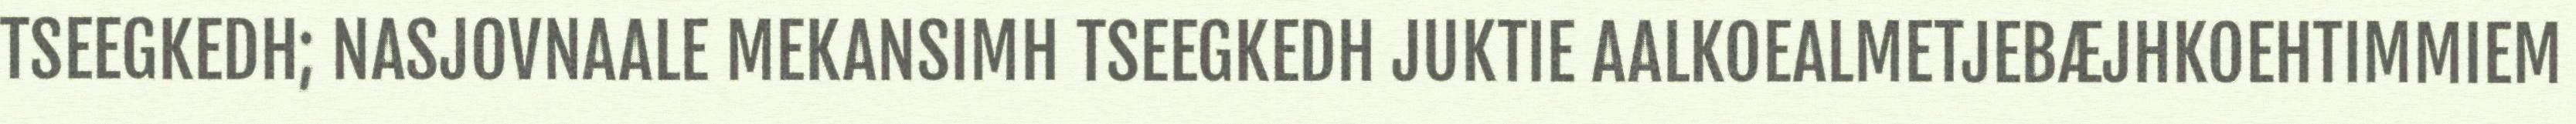
TSEEGKEDH; NASJOVNAALE MEKANSIMH TSEEGKEDH JUKTIE AALKOEALMETJEBÆJHKOEHTIMMIEM